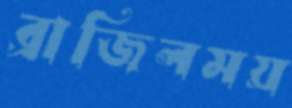
ব্রাজিলময়